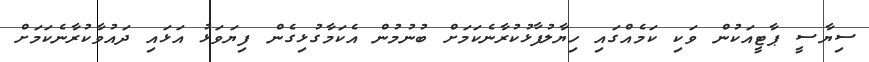
ސިޔާސީ ޕާޓީއަކުން ވަކި ކަމެއްގައި ހިޔާލުފާޅުކުރާނެކަމަށް ބުނުމުން އެކަމާގުޅިގެން ފިޔަވަޅު އަޅައި ދައުވާކުރާނެކަމަށް